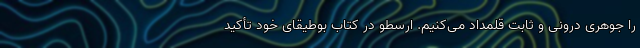
را جوهری درونی و ثابت قلمداد می‌کنیم. ارسطو در کتاب بوطیقای خود تأکید